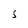
Character: s